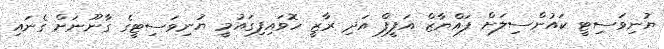
ޔުނިވަސިޓީ ކައުންސިލަށް ފައްޔާޒް އަފީފް އަދި ރާޒީ ހޮވައިފިގައުމީ ޔުނިވަސިޓީގެ ގާނޫނަށް ގެނައި